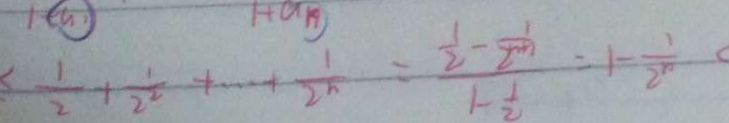
\frac { 1 } { 2 } + \frac { 1 } { 2 ^ { 2 } } + \cdots + \frac { 1 } { 2 ^ { n } } = \frac { \frac { 1 } { 2 } - \frac { 1 } { 2 ^ { n + n } } } { 1 - \frac { 1 } { 2 } } = 1 - \frac { 1 } { 2 ^ { n } }